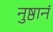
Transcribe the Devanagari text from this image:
नुष्ठानं